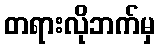
တရားလိုဘက်မှ